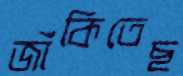
জাঁকিতেছ